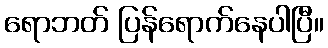
ရောဘတ် ပြန်ရောက်နေပါပြီ။